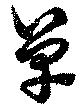
單